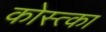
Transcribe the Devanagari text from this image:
कोस्त्का